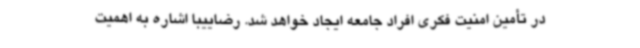
در تأمین امنیت فکری افراد جامعه ایجاد خواهد شد. رضاییبا اشاره به اهمیت